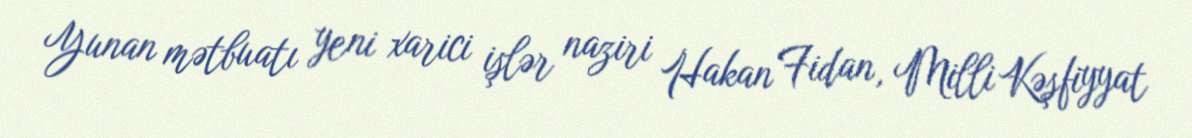
Yunan mətbuatı yeni xarici işlər naziri Hakan Fidan, Milli Kəşfiyyat